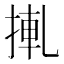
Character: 𢮊